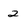
Character: 2